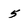
Character: 5